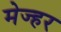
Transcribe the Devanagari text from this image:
मेज्हर